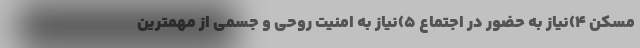
مسکن 4)نیاز به حضور در اجتماع 5)نیاز به امنیت روحی و جسمی از مهمترین